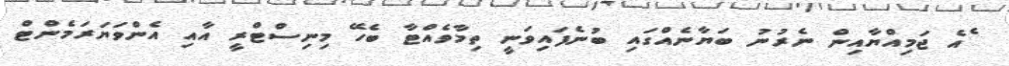
ެއެ ޖަމިއްޔާއިން ނެރުނު ބަޔާނެއްގައި ބުނެފައިވަނީ ތިމާވެއްޓާ ބެހޭ މިނިސްޓްރީ އާއި އެންވަޔަރަމެންޓް